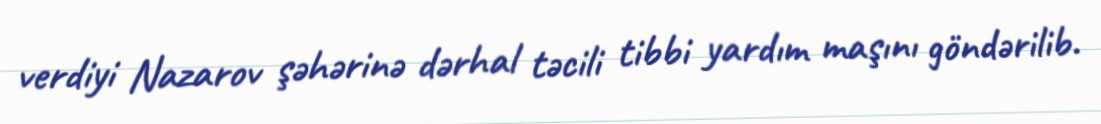
verdiyi Nazarov şəhərinə dərhal təcili tibbi yardım maşını göndərilib.